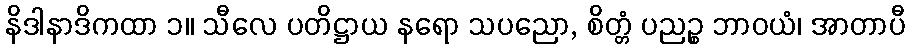
နိဒါနာဒိကထာ ၁။ သီလေ ပတိဋ္ဌာယ နရော သပညော, စိတ္တံ ပညဉ္စ ဘာဝယံ၊ အာတာပီ